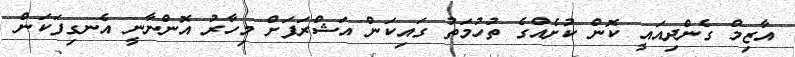
އާޒިމް ގެންދިއައީ ކޮން ކުށެއްގެ ތުހުމަތު ގައިކަން އަޝްރަފަށް މިހާރު އޮންނާނީ އެނގިފަކަން